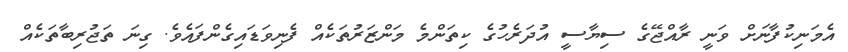
އެމަނިކުފާނަށް ވަނީ ރާއްޖޭގެ ސިޔާސީ އުދަރެހުގެ ކިތަންމެ މަންޒަރުތަކެއް ފެނިވަޑައިގެންފައެވެ. ގިނަ ތަޖުރިބާތަކެއް